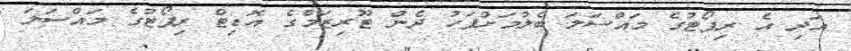
އަދި އެ ރިޕޯޓުގެ މައްސަލަ ބެލުމަށްފަހު ދެން ޓޫރިޒަމްގެ އޮޑިޓް ރިޕޯޓުގެ މައްސަލަ